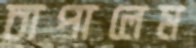
চাপালেম